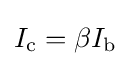
I_{\text{c}}=\beta I_{\text{b}}